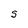
Character: S